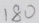
1 8 0